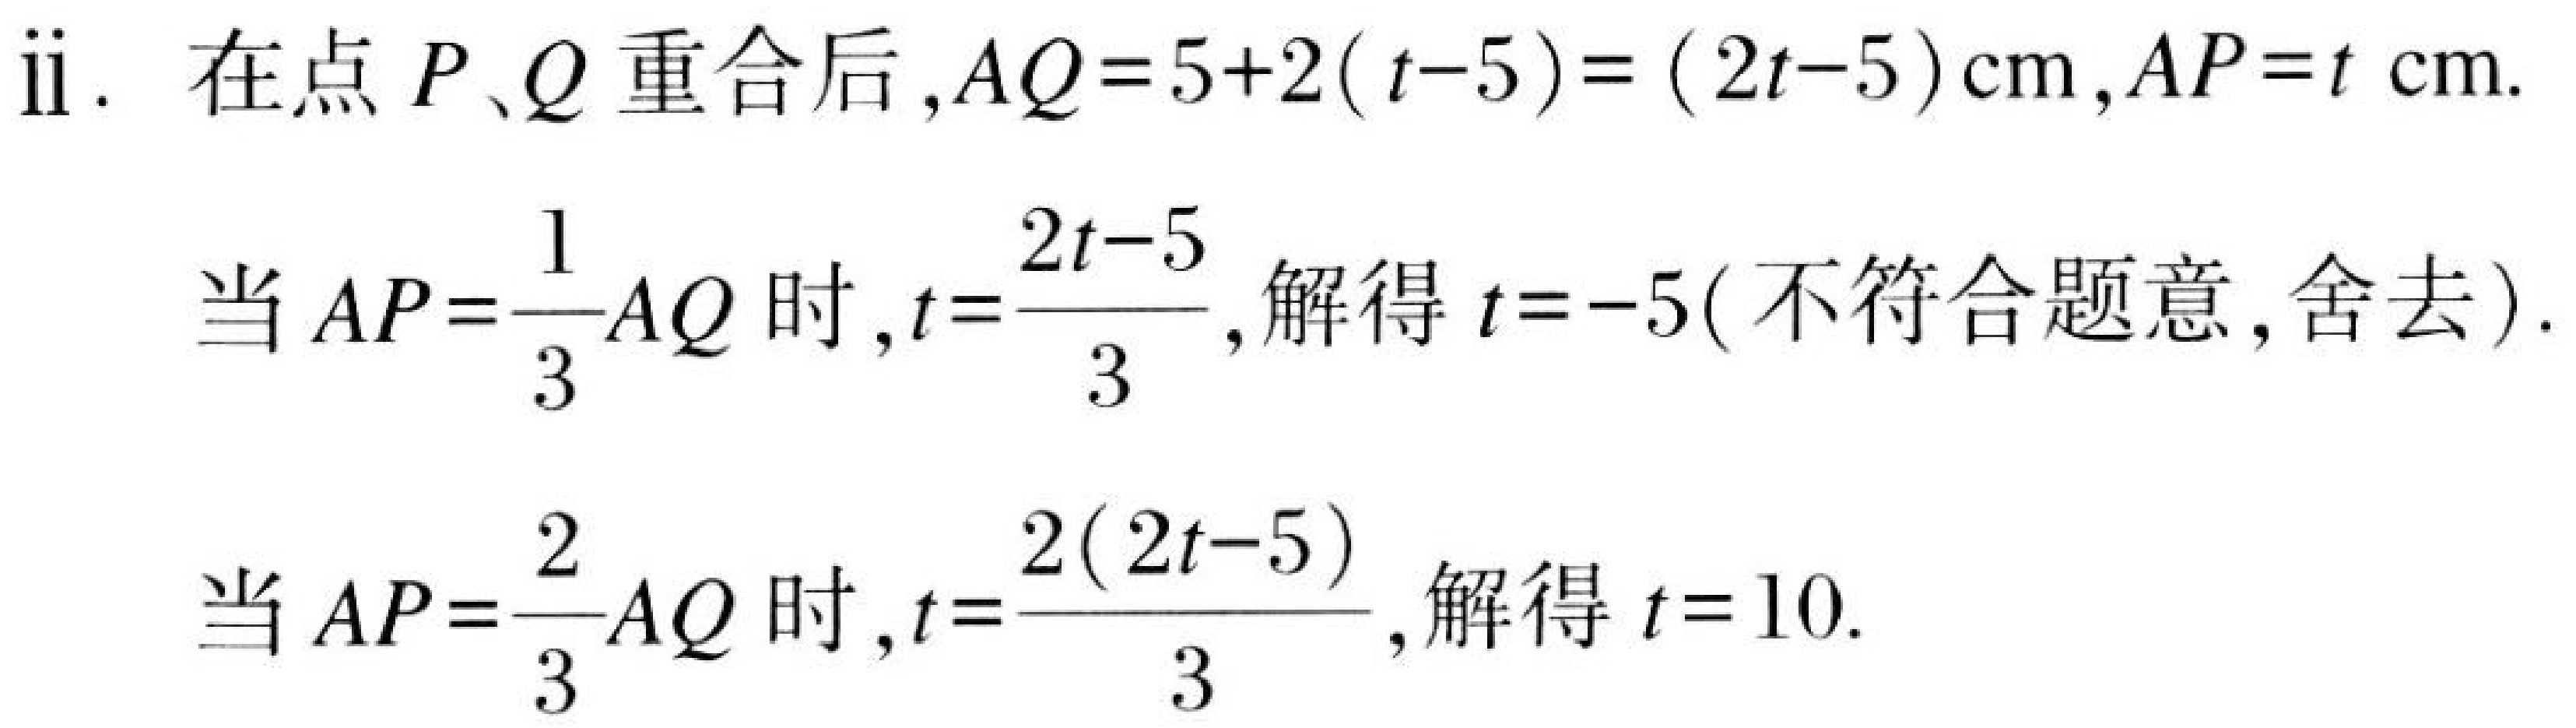
ii. 在点 \(P、Q\) 重合后,\(AQ = 5 + 2(t - 5)=(2t - 5)\text{cm}\),\(AP = t\text{ cm}\).
当 \(AP=\dfrac{1}{3}AQ\) 时,\(t=\dfrac{2t - 5}{3}\),解得 \(t = - 5\)( 不符合题意,舍去).
当 \(AP=\dfrac{2}{3}AQ\) 时,\(t=\dfrac{2(2t - 5)}{3}\),解得 \(t = 10\).